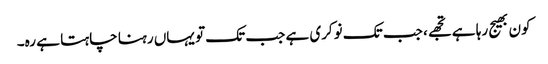
کون بھیج رہا ہے تجھے، جب تک نوکری ہے جب تک تو یہاں رہنا چاہتا ہے رہ۔